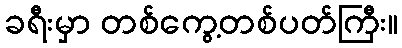
ခရီးမှာ တစ်ကွေ့တစ်ပတ်ကြီး။